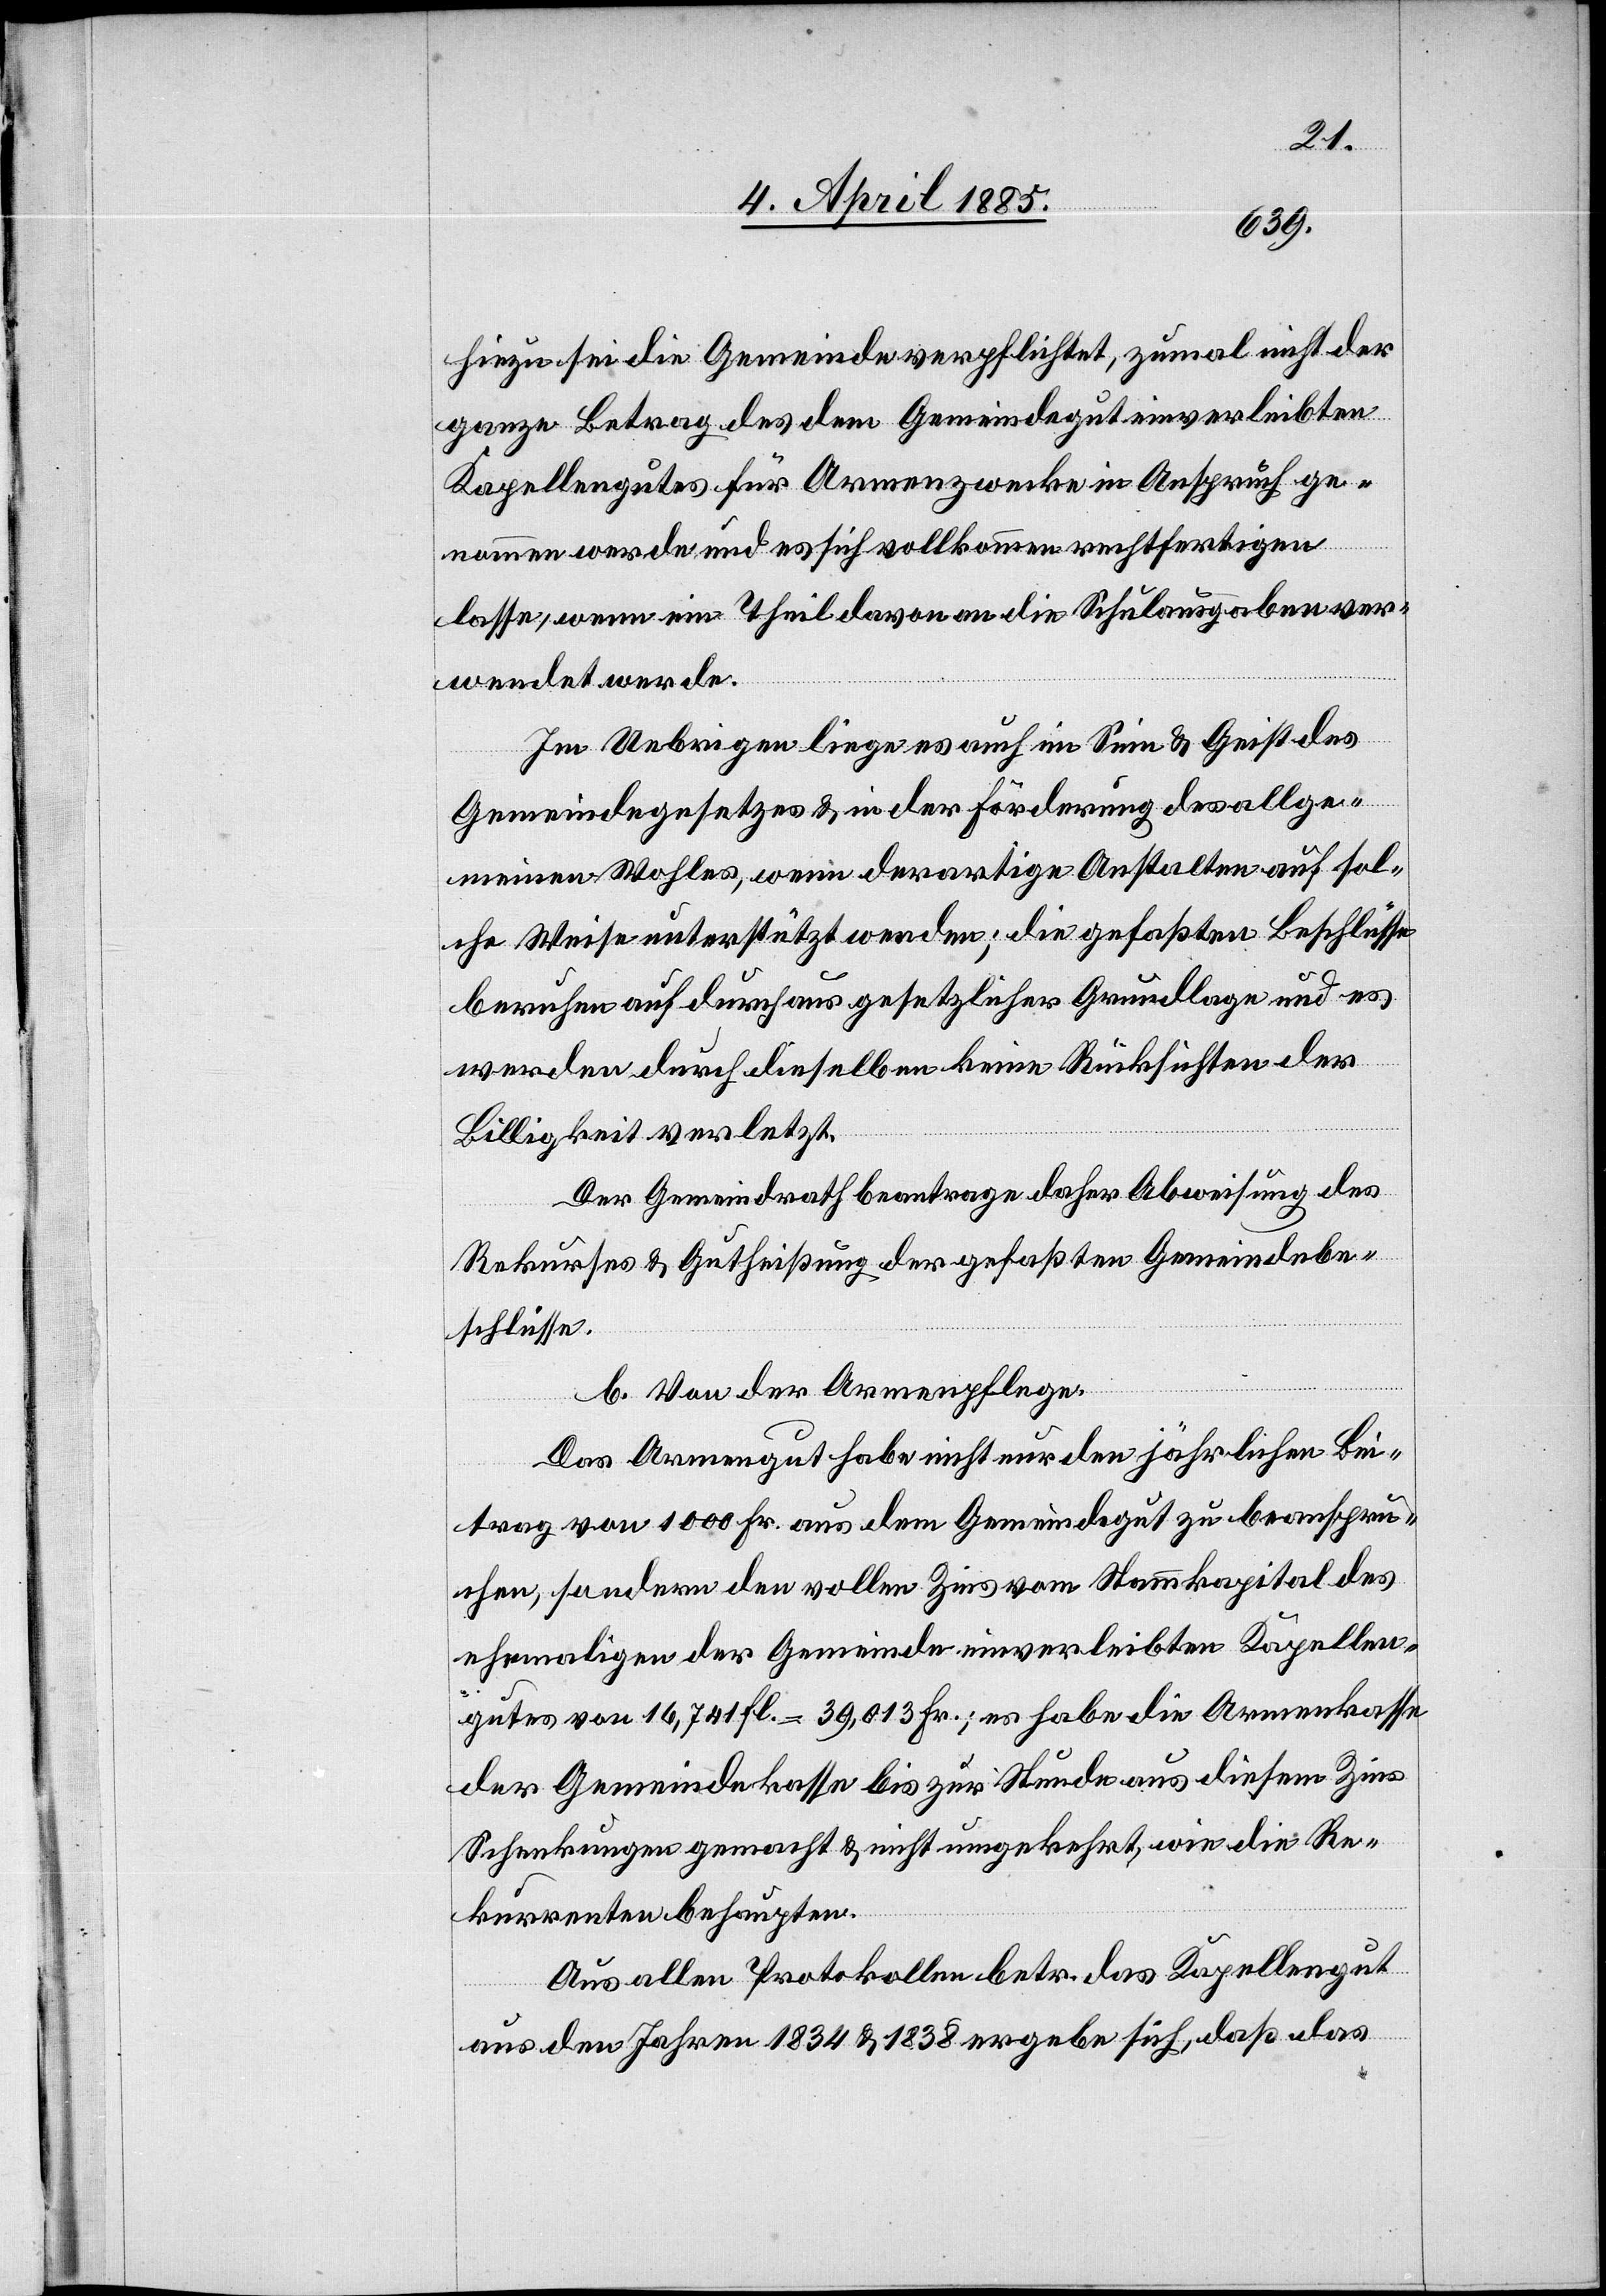
hiezu sei die Gemeinde verpflichtet, zumal nicht der
ganze Betrag des dem Gemeindegut einverleibten
Kapellengutes für Armenzwecke in Anspruch ge¬
nommen werde und es sich vollkommen rechtfertigen
lasse, wenn ein Theil davon an die Schulausgaben ver¬
wendet werde.
Im Uebrigen liege es auch im Sinn & Geist des
Gemeindegesetzes & in der Förderung des allge¬
meinen Wohles, wenn derartige Anstalten auf sol¬
che Weise unterstützt werden; die gefaßten Beschlüsse
beruhen auf durchaus gesetzlicher Grundlage und es
werden durch dieselben keine Rücksichten der
Billigkeit verletzt.
Der Gemeindrath beantrage daher Abweisung des
Rekurses & Gutheißung der gefaßten Gemeindebe¬
schlüsse.
b. Von der Armenpflege.
Das Armengut habe nicht nur den jährlichen Bei¬
trag von 1000 Fr. aus dem Gemeindegut zu beanspru¬
chen, sondern den vollen Zins vom Stammkapital des
ehemaligen der Gemeinde einverleibten Kapellen¬
gutes von 16,741 fl. = 39,013 Fr.; es habe die Armenkasse
der Gemeindekasse bis zur Stunde aus diesem Zins
Schenkungen gemacht & nicht umgekehrt, wie die Re¬
kurrenten behaupten.
Aus allen Protokollen betr. das Kapellengut
aus den Jahren 1834 & 1838 ergebe sich, daß das